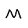
Character: M